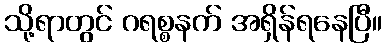
သို့ရာတွင် ဂရစ္စနက် အရှိန်ရနေပြီ။